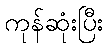
ကုန်ဆုံးပြီး